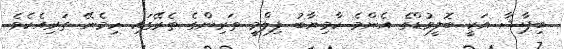
ބިޕާޝާ އަކީ ބޮލީވުޑްގެ އެންމެ ކާމިޔާބު ފިލްމީ ތަރިންގެ ތެރޭގައި ހިމެނޭ ތަރިއެކެވެ.